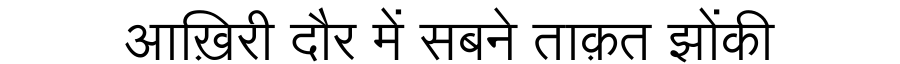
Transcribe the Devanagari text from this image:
आख़िरी दौर में सबने ताक़त झोंकी